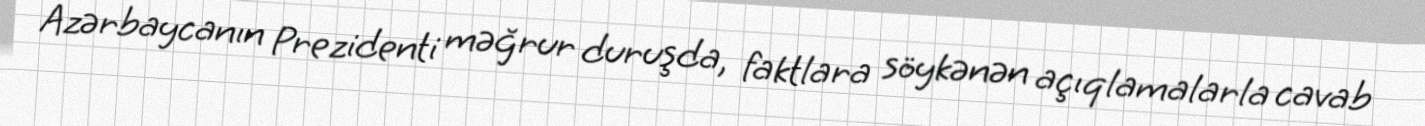
Azərbaycanın Prezidenti məğrur duruşda, faktlara söykənən açıqlamalarla cavab